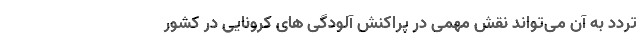
تردد به آن می‌تواند نقش مهمی در پراکنش آلودگی های کرونایی در کشور